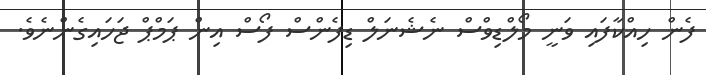
ފެން ހިއްކާފައި ވަނީ މޯލްޑިވްސް ނެޝެނަލް ޑިފެންސް ފޯސް އިން ޕަމްޕް ޖަހައިގެންނެވެ.